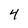
Character: 4